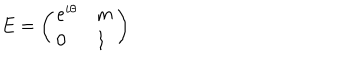
E = \left( \begin{array} { l l } { { e ^ { i \theta } } } & { { m } } \\ { { 0 } } & { { 1 } } \\ \end{array} \right)